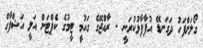
ގޯލަށްފަހު ދަގަނޑޭ އުފާފާޅުކުރަނީ - ރާއްޖޭގެ ގައުމީ ޓީމުގެ ކެޕްޓަން އަލީ އަޝްފާގް